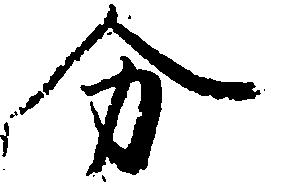
分